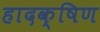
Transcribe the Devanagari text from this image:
हादक्षिण